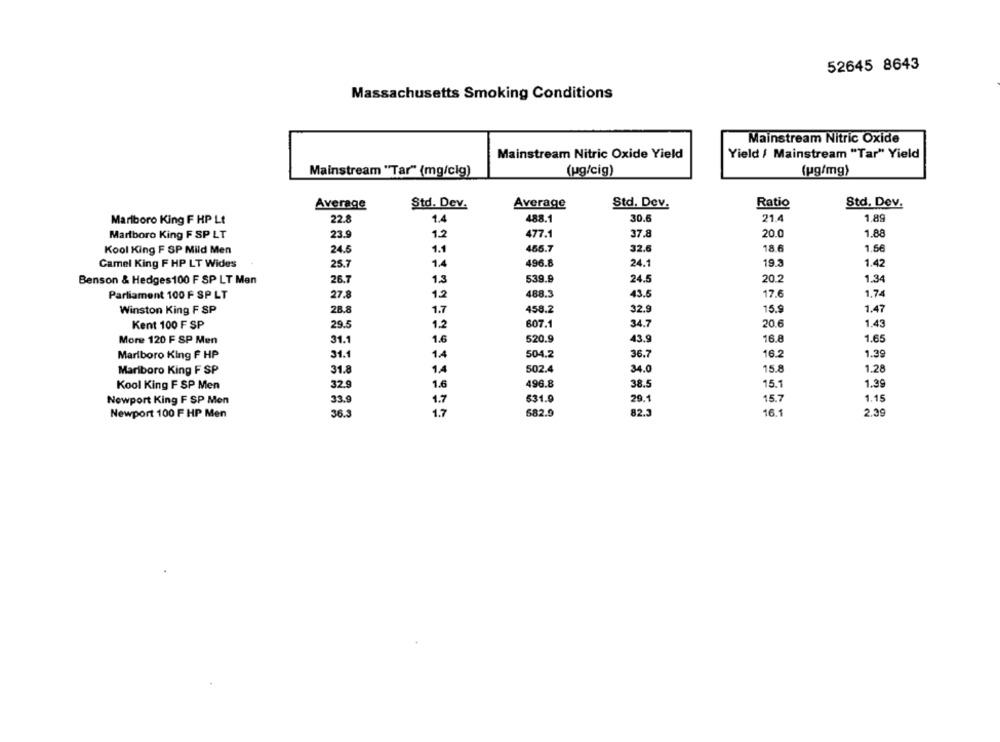
52645 8643
Massachusetts Smoking Conditions
Mainstream Nitric Oxide
Mainstream Nitric Oxide Yield
Yield / Mainstream "Tar" Yield
(ug/mg)
Mainstream "Tar" (mg/clg)
(ug/cig)
Average
Std. Dev.
Average
Std. Dev.
Ratio
Std. Dev.
Marlboro King F HP Lt
22.8
1.4
488.1
30.6
21.4
1.89
Marlboro King F SP LT
23.9
1.2
477.1
37.8
20.0
1.88
Kool King F SP Mild Men
24.5
1.1
456.7
32.6
18.6
1.56
Camel King F HP LT Wides
25.7
1.4
496.8
24.1
19.3
1.42
Benson & Hedges100 F SP LT Man
26.7
1.3
539.9
24.5
20.2
1.34
Parliament 100 F SP LT
27.8
1.2
488.3
43.5
17.6
1.74
Winston King F SP
28.8
1.7
458.2
32.9
15.9
1.47
Kent 100 F SP
29.5
1.2
607.1
34.7
20.6
1.43
More 120 F SP Men
31.1
1.6
520.9
43.9
16.8
1.65
Marlboro King F HP
31.1
1.4
504.2
36.7
16.2
1.39
Marlboro King F SP
31.8
14
502.4
34.0
15.8
1.28
Kool King F SP Men
32.9
1.6
496.8
38.5
15.1
1.39
Newport King F SP Men
33.9
1.7
531.9
29.1
15.7
1.15
Newport 100 F HP Men
36.3
1.7
682.9
82.3
16.1
2.39